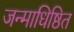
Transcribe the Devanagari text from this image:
जन्माधिष्ठित